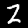
Digit: 2